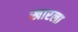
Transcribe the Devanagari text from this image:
खारला